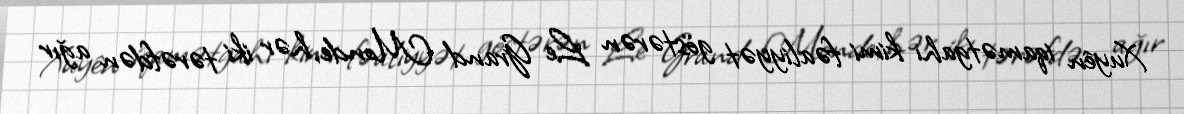
Xuyên iqamətgahı kimi fəaliyyət göstərən Le Grand Monde, hər iki tərəfdən ağır